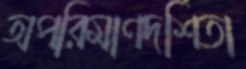
অপরিমাণদর্শিতা